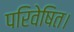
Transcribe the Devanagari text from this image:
परिवेषित।